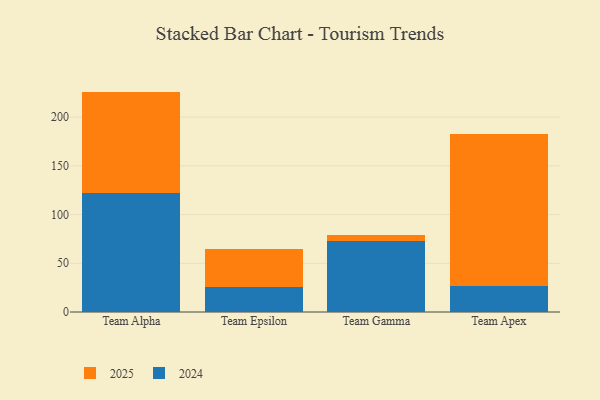
{"axis": {"x": "Team", "y": "Demand Index"}, "legend": ["2024", "2025"], "data": [{"x": "Team Alpha", "y": 104.3, "type": "2025"}, {"x": "Team Alpha", "y": 121.9, "type": "2024"}, {"x": "Team Epsilon", "y": 39.1, "type": "2025"}, {"x": "Team Epsilon", "y": 25.8, "type": "2024"}, {"x": "Team Gamma", "y": 6.5, "type": "2025"}, {"x": "Team Gamma", "y": 72.9, "type": "2024"}, {"x": "Team Apex", "y": 155.2, "type": "2025"}, {"x": "Team Apex", "y": 27.1, "type": "2024"}]}